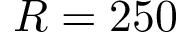
R = 2 5 0